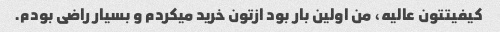
کیفیتتون عالیه، من اولین بار بود ازتون خرید میکردم و بسیار راضی بودم.